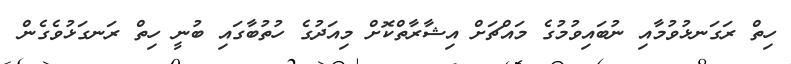
ހިތް ރަގަނޅުވުމާއި ނުބައިވުމުގެ މައްޗަށް އިޝާރާތްކޮށް މިއަދުގެ ހުތުބާގައި ބުނީ ހިތް ރަނގަޅުވެގެން